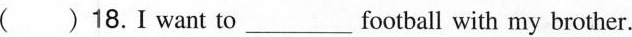
( )18.I want to___football with my brother.